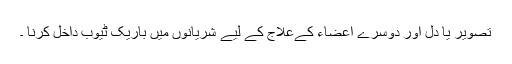
تصویر یا دل اور دوسرے اعضاء کےعلاج کے لیے شریانوں میں باریک ٹیوب داخل کرنا ۔